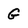
Character: G